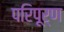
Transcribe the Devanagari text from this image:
परिपूर्ण